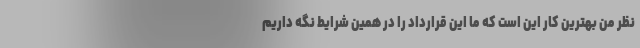
نظر من بهترین کار این است که ما این قرارداد را در همین شرایط نگه داریم